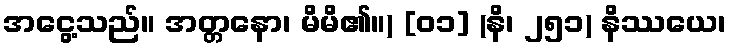
အငွေ့သည်။ အတ္တနော၊ မိမိ၏။) [၀၁] (နိ၊ ၂၅၁) နိဿယေ၊